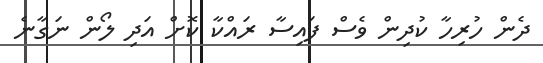
ދެން ހުުރިހާ ކުދިން ވެސް ފައިސާ ރައްކާ ކޮށް އަދި ލޯން ނަގާނެ